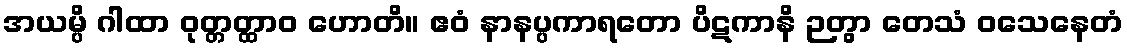
အယမ္ပိ ဂါထာ ဝုတ္တတ္ထာဝ ဟောတိ။ ဧဝံ နာနပ္ပကာရတော ပိဋကာနိ ဉတွာ တေသံ ဝသေနေတံ